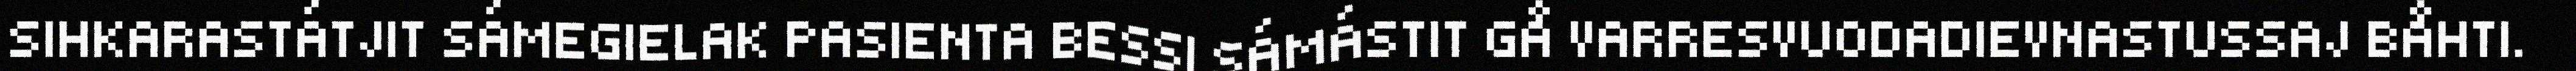
SIHKARASTÁTJIT SÁMEGIELAK PASIENTA BESSI SÁMÁSTIT GÅ VARRESVUODADIEVNASTUSSAJ BÅHTI.